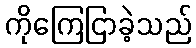
ကိုကြေငြာခဲ့သည်